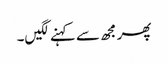
پھر مجھ سے کہنے لگیں۔